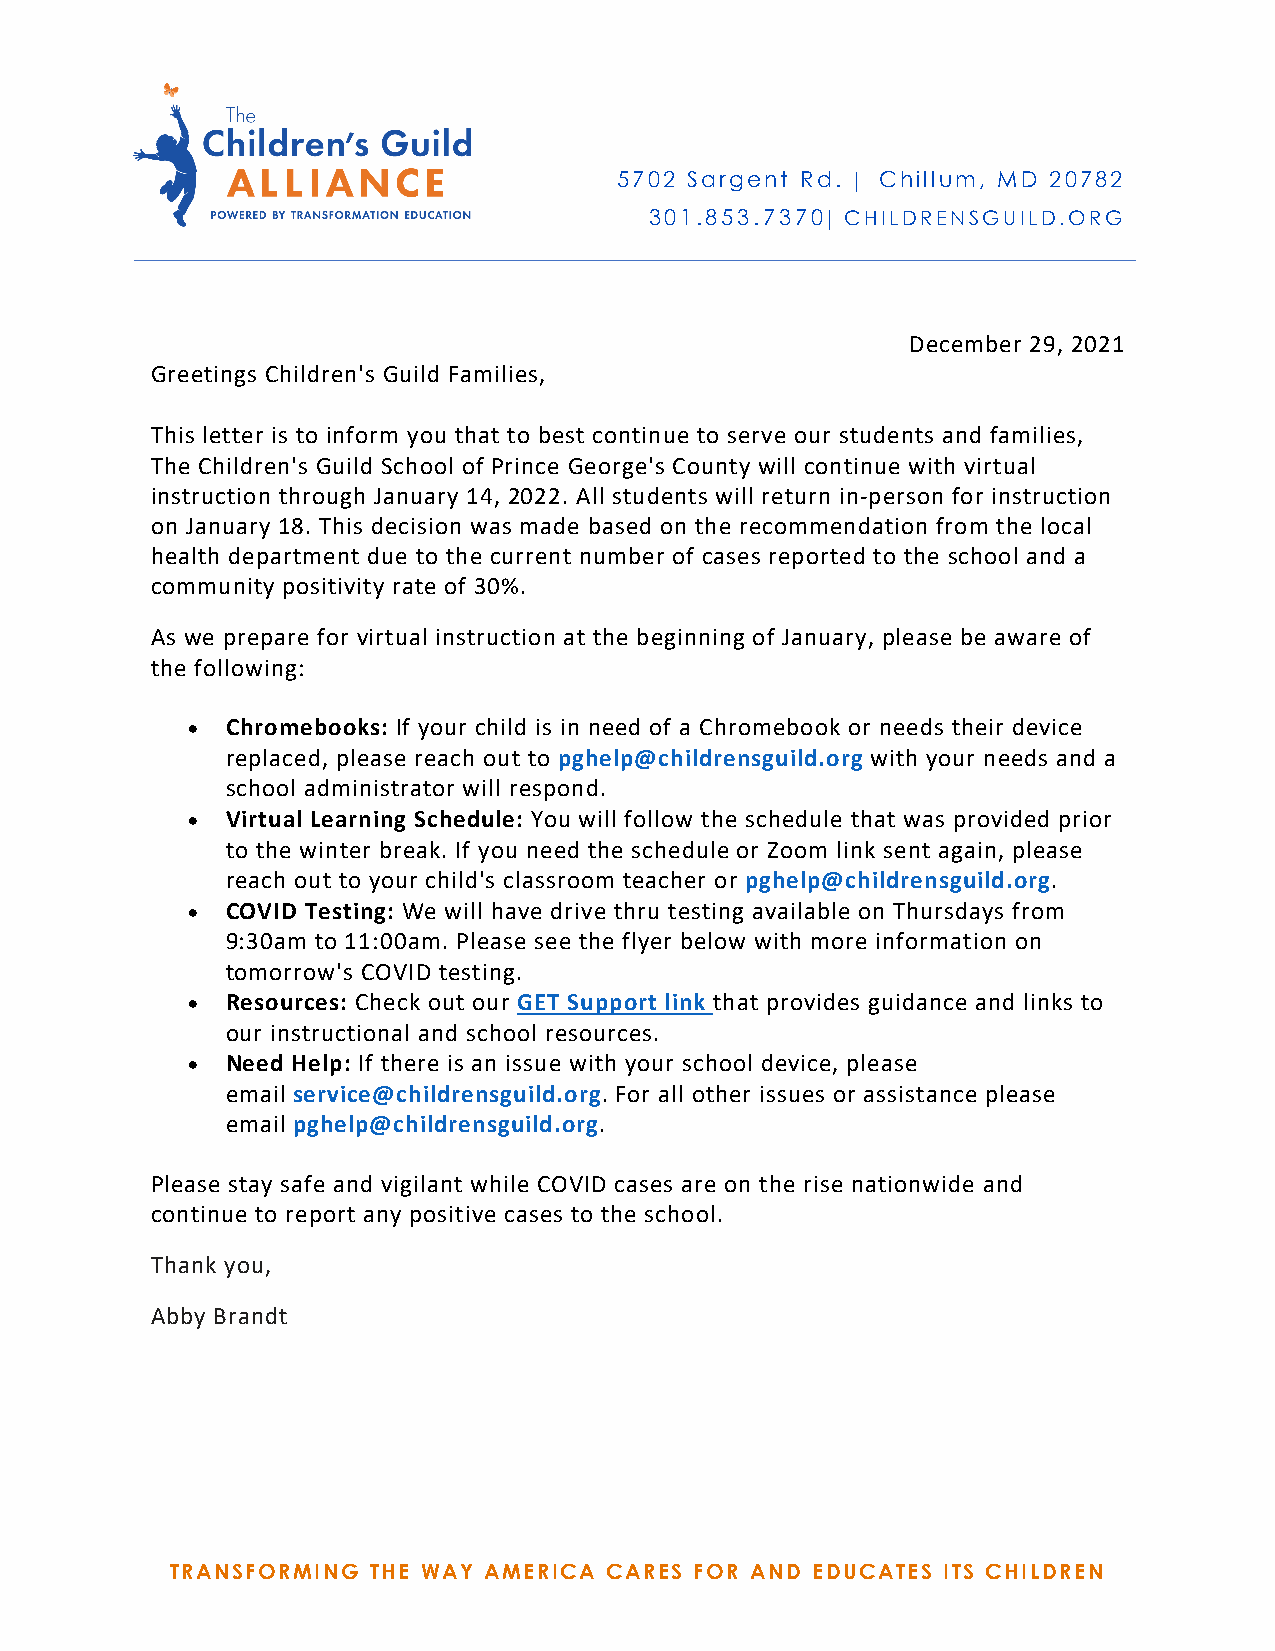
5702 Sargent Rd. | Chillum, MD 20782
 301.853.7370| CHILDRENSGUILD.ORG
 December 29, 2021
 Greetings Children's Guild Families,
 This letter is to inform you that to best continue to serve our students and families,
 The Children's Guild School of Prince George's County will continue with virtual
 instruction through January 14, 2022. All students will return in-person for instruction
 on January 18. This decision was made based on the recommendation from the local
 health department due to the current number of cases reported to the school and a
 community positivity rate of 30%.
 As we prepare for virtual instruction at the beginning of January, please be aware of
 the following:
 •  Chromebooks: If your child is in need of a Chromebook or needs their device
 replaced, please reach out to pghelp@childrensguild.org with your needs and a
 school administrator will respond.
 •  Virtual Learning Schedule: You will follow the schedule that was provided prior
 to the winter break. If you need the schedule or Zoom link sent again, please
 reach out to your child's classroom teacher or pghelp@childrensguild.org.
 •  COVID Testing: We will have drive thru testing available on Thursdays from
 9:30am to 11:00am. Please see the flyer below with more information on
 tomorrow's COVID testing.
 •  Resources: Check out our GET Support link that provides guidance and links to
 our instructional and school resources.
 •  Need Help: If there is an issue with your school device, please
 email service@childrensguild.org. For all other issues or assistance please
 email pghelp@childrensguild.org.
 Please stay safe and vigilant while COVID cases are on the rise nationwide and
 continue to report any positive cases to the school.
 Thank you,
 Abby Brandt
 TRANSFORMING  THE WAY AMERICA CARES FOR AND EDUCATES ITS CHILDREN